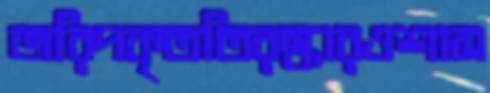
জরিপকৃততিরস্কারওশাস